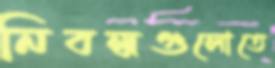
নিবন্ধগুলোতে